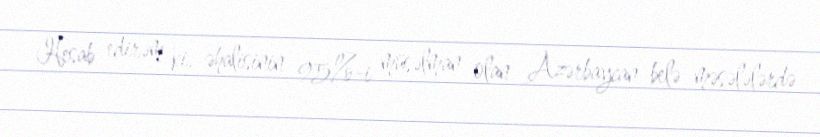
Hesab edirəm ki, əhalisinin 95%-i müsəlman olan Azərbaycan belə məsələlərdə